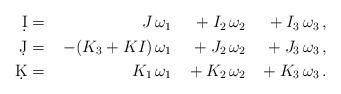
LaTeX: \begin{align*}\begin{aligned}\d I ={}&& J\,\omega_1 &&{}+ I_2\,\omega_2 &&{}+ I_3\,\omega_3\,,&{}\\\d J ={}&&-(K_3+KI)\,\omega_1 &&{}+ J_2\,\omega_2 &&{}+ J_3\,\omega_3\,,&{}\\\d K ={}&& K_1\,\omega_1 &&{}+ K_2\,\omega_2 &&{}+ K_3\,\omega_3\,.&{}\\\end{aligned}\end{align*}